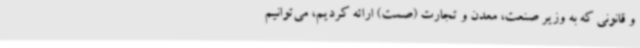
و قانونی که به وزیر صنعت، معدن و تجارت (صمت) ارائه کردیم، می‌توانیم